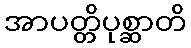
အာပတ္တိပုစ္ဆာတိ